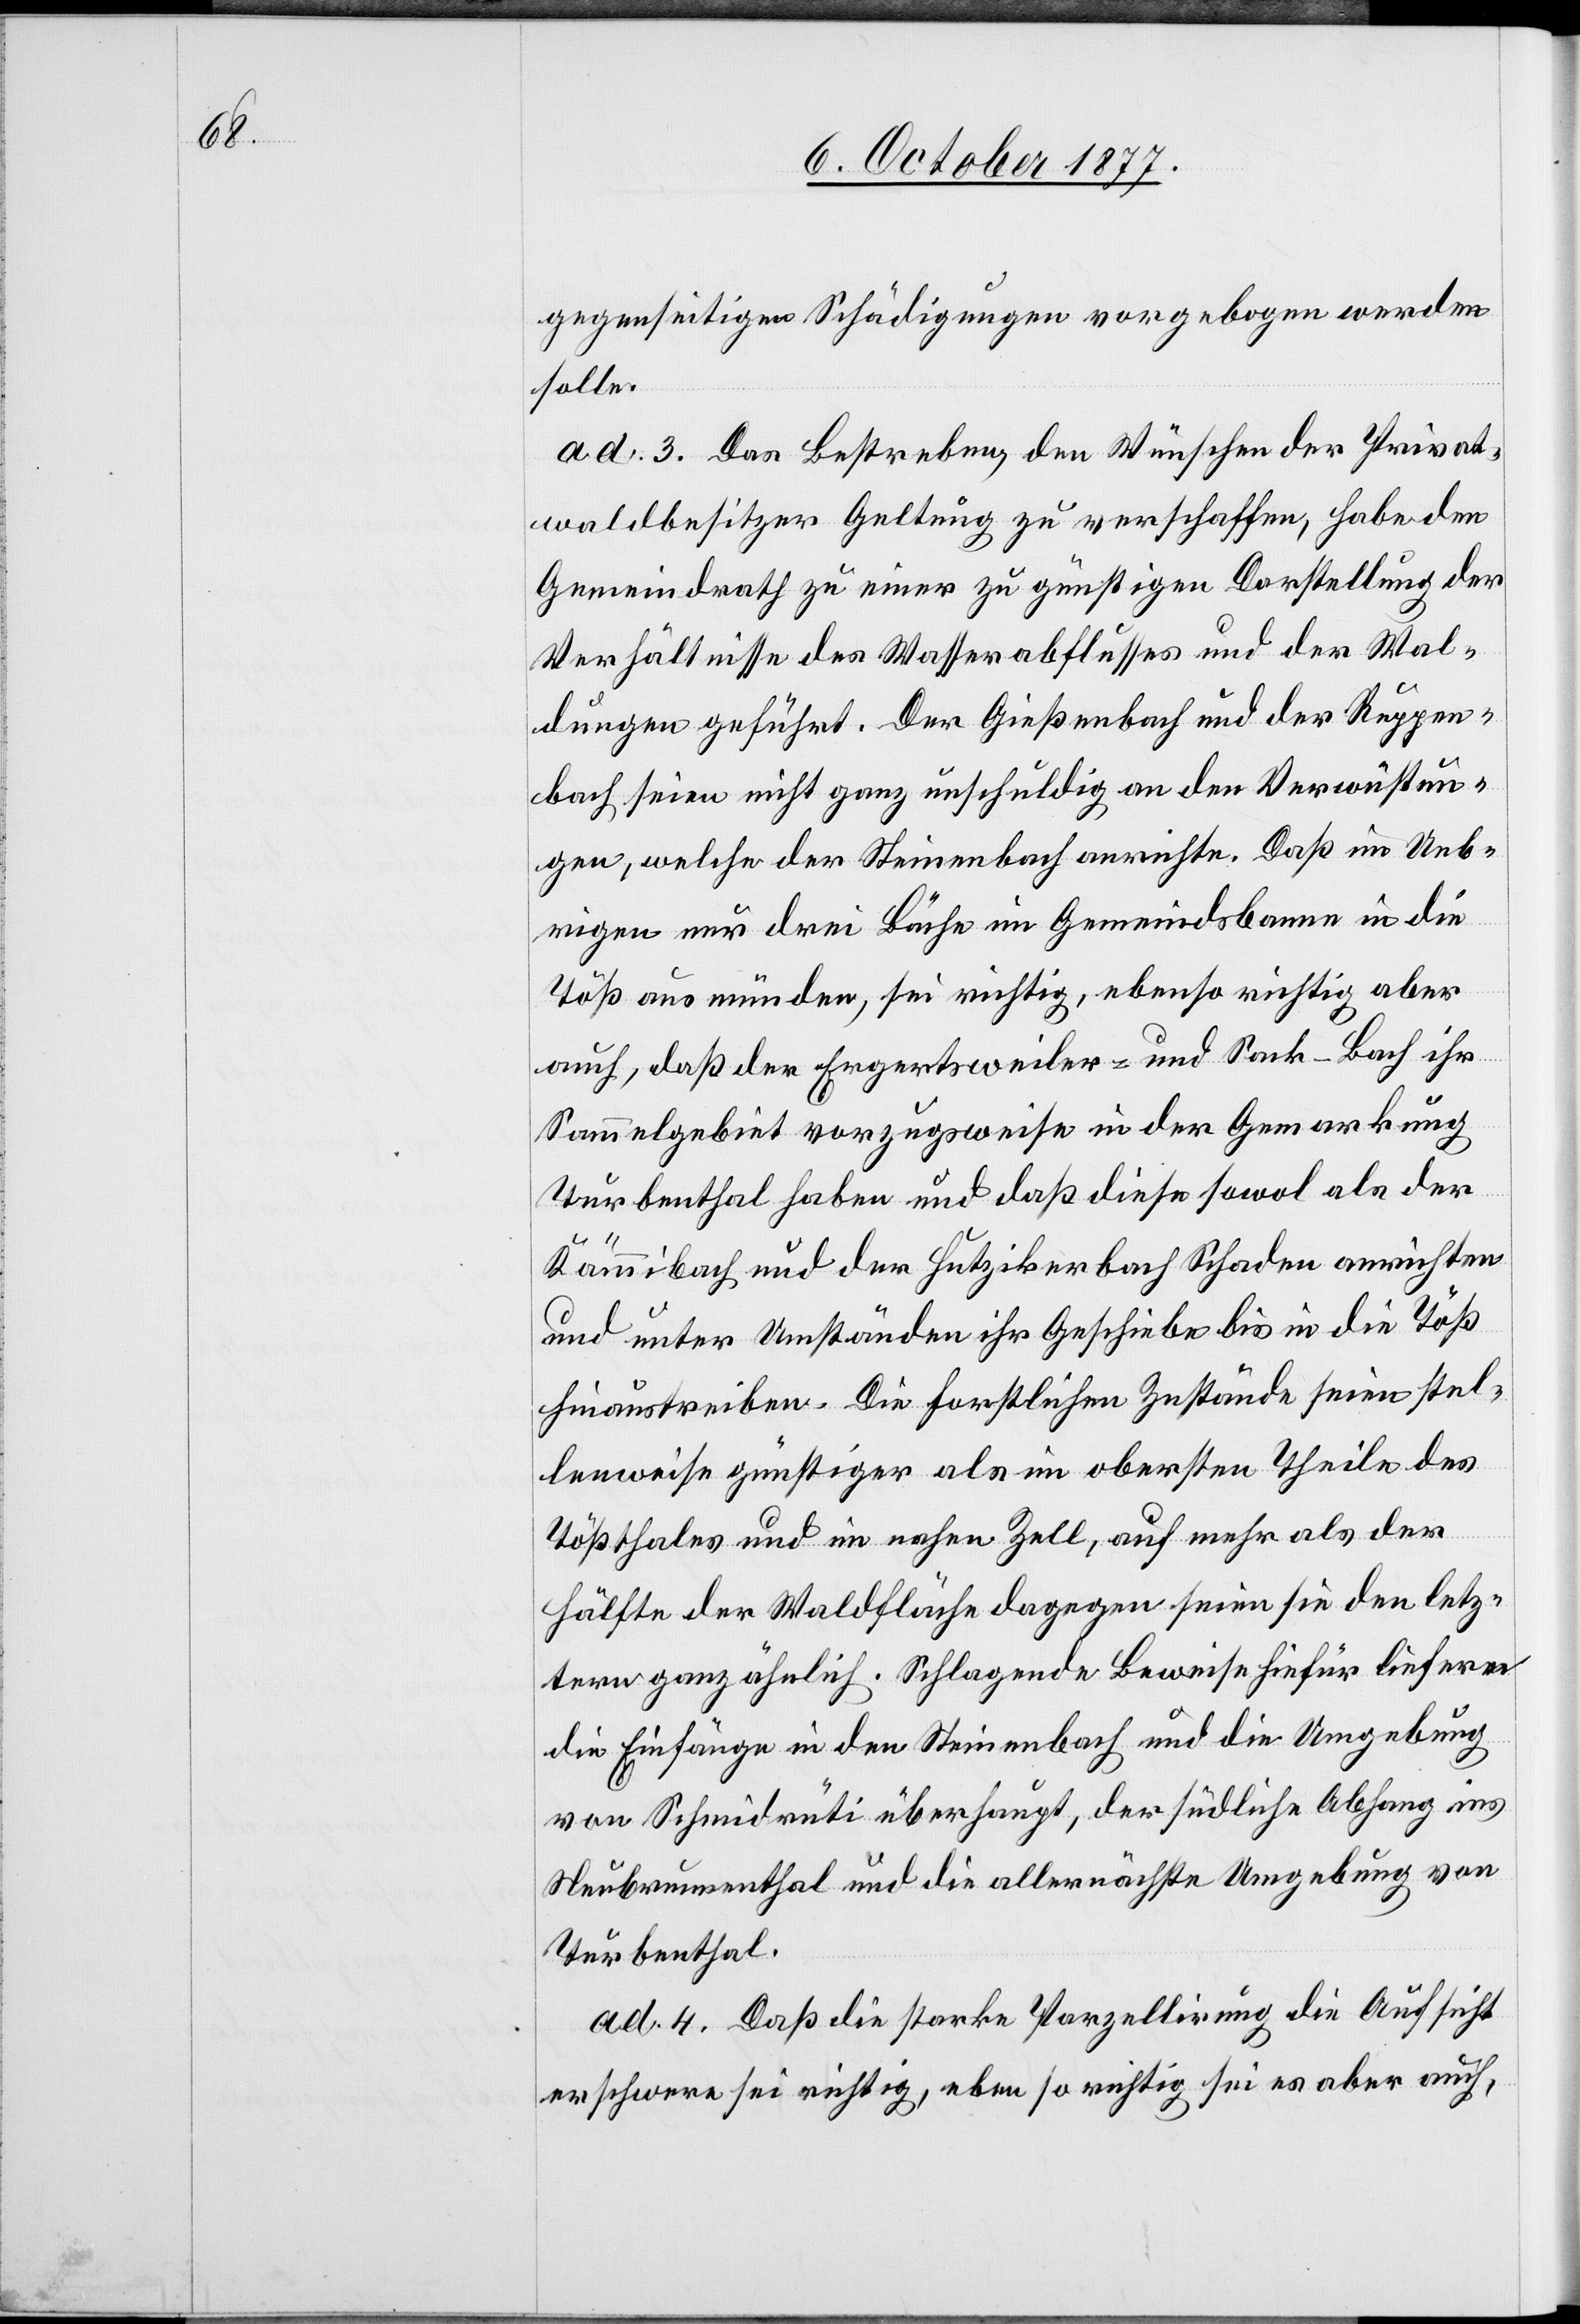
gegenseitigen Schädigungen vorgebogen werden
solle.
ad. 3. Das Bestreben, den Wünschen der Privat¬
waldbesitzer Geltung zu verschaffen, habe den
Gemeindrath zu einer zu günstigen Darstellung der
Verhältnisse des Wasserabflusses und der Wal¬
dungen geführt. Der Gießenbach und der Ruppen¬
bach seien nicht ganz unschuldig an den Verwüstun¬
gen, welche der Steinenbach anrichte. Daß im Ueb¬
rigen nur drei Bäche im Gemeindsbanne in die
Töß ausmünden, sei richtig, ebenso richtig aber
auch, daß der Ergertsweiler- und Sack-Bach ihr
Sammelgebiet vorzugsweise in der Gemarkung
Turbenthal haben und daß diese sowol als der
Kämmibach und der Hutzikerbach Schaden anrichten
und unter Umständen ihr Geschiebe bis in die Töß
hinaustreiben. Die forstlichen Zustände seien stel¬
lenweise günstiger als im obersten Theile des
Tößthales und im nahen Zell, auf mehr als der
Hälfte der Waldfläche dagegen seien sie den letz¬
tern ganz ähnlich. Schlagende Beweise hiefür liefern
die Einfänge in den Steinenbach und die Umgebung
von Schmidrüti überhaupt, der südliche Abhang ins
Neubrunnenthal und die allernächste Umgebung von
Turbenthal.
ad. 4. Daß die starke Parzellirung die Aufsicht
erschwere sei richtig, eben so richtig sei es aber auch,